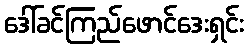
ဒေါ်ခင်ကြည်ဖောင်ဒေးရှင်း